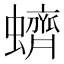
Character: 蠐